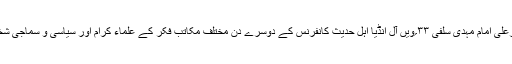
More in this category: « ائمہ کرام الفت و محبت اور امن وانسانیت کے پیامبر ہیں؍مولانا اصغرعلی امام مہدی سلفی ۳۳؍ویں آل انڈیا اہل حدیث کانفرنس کے دوسرے دن مختلف مکاتب فکر کے علماء کرام اور سیاسی و سماجی شخصیات کی شرکت اور اظہار خیال۔